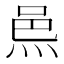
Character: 𨚋